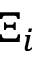
\Xi _ { i }